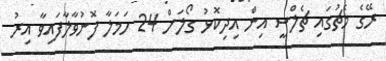
ރޭގެ މެޗުގައި ޗެލްސީ އިން އިދިކޮޅު ގޯލަށް 24 ހަމަލާ ފޮނުވާލާފައިވާ އިރު